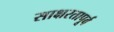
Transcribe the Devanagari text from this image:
साक्षरतापूर्व